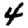
Digit: 4